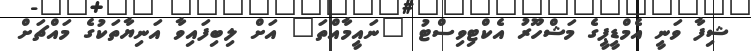
ޝިފާ ވަނީ އެމްޑީޕީގެ މަޝްހޫރު އެކްޓިވިސްޓު "ނައީމާއްތަ" އަށް ލިބިފައިވާ އަނިޔާތަކުގެ މައްޗަށް